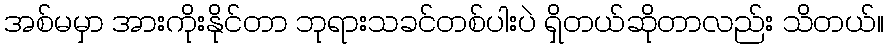
အစ်မမှာ အားကိုးနိုင်တာ ဘုရားသခင်တစ်ပါးပဲ ရှိတယ်ဆိုတာလည်း သိတယ်။